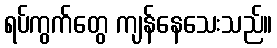
ရပ်ကွက်တွေ ကျန်နေသေးသည်။